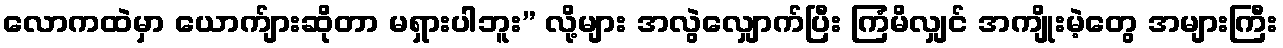
လောကထဲမှာ ယောက်ျားဆိုတာ မရှားပါဘူး” လို့များ အလွဲလျှောက်ပြီး ကြံမိလျှင် အကျိုးမဲ့တွေ အများကြီး